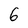
Character: 6